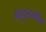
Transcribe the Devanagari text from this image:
अधुलनीय